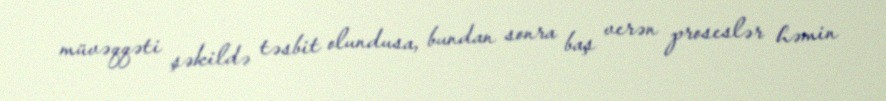
müvəqqəti şəkildə təsbit olundusa, bundan sonra baş verən proseslər həmin